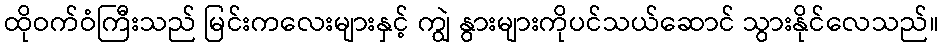
ထိုဝက်ဝံကြီးသည် မြင်းကလေးများနှင့် ကျွဲ နွားများကိုပင်သယ်ဆောင် သွားနိုင်လေသည်။